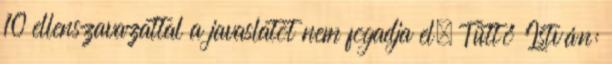
10 ellenszavazattal a javaslatot nem fogadja el. Tüttő István: